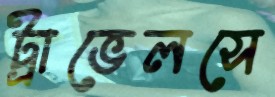
ট্রাভেলসে